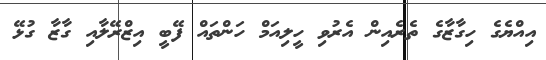
އިއްޔެގެ ހިގާޒާގެ ތެރެއިން އެރުވި ހީލިއަމް ހަންތައް ފޭބީ އިޒްރޭލާއި ގާޒާ ގުޅޭ